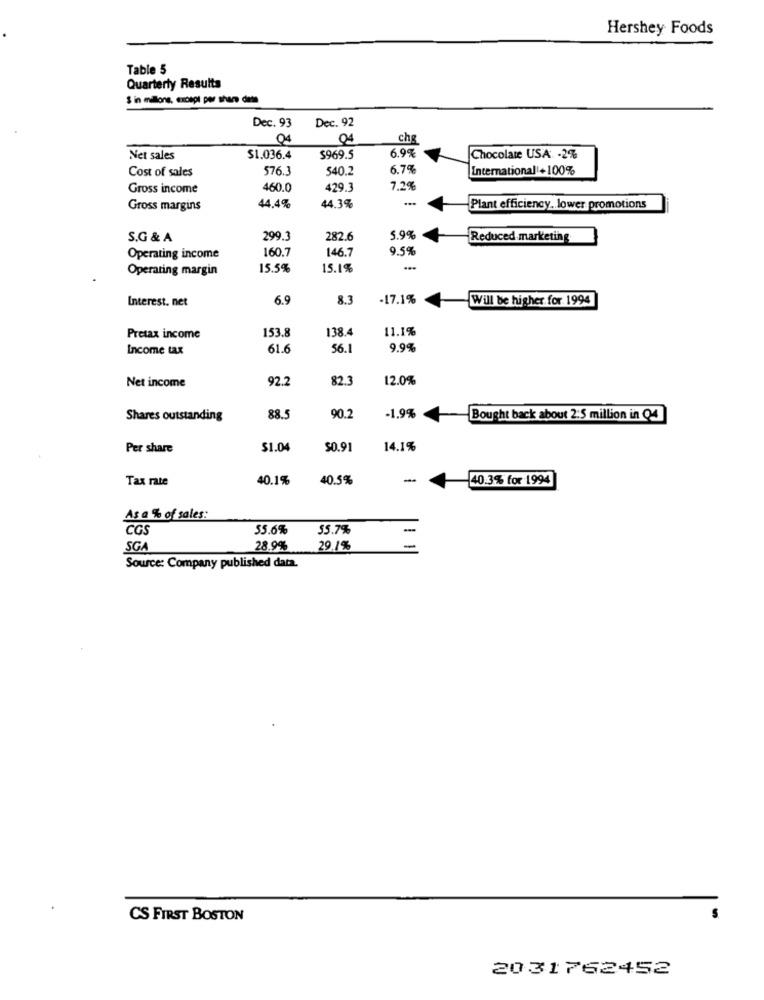
Hershey Foods
Table 5
Quarterly Results
& in milons, except per share diete
Dec. 92
Dec. 93
Q4
04
che
6.9%
Net sales
$1.036.4
$969.5
Chocolate USA -2%
Cost of sales
576.3
540.2
6.7%
International +100%
Gross income
460.0
429.3
7.2%
44.3%
...
Gross margins
44,4%
Plant efficiency .. lower promotions
S.G & A
299.3
282.6
5.9%
Reduced marketing
160.7
146.7
9.5%
Operating income
Operating margin
15.5%
15.1%
Interest. net
6.9
8.3
-17.1%
Will be higher for. 1994
153.8
138.4
11.1%
Pretax income
Income tax
61.6
56.
9.9%
Net income
92.2
82.3
12.0%
Shares outstanding
88.
90.2
-1,9%
Bought back about 2:5 million in Q4
Per share
$1.04
$0.91
14.1%
Tax rate
40.1%
40.5%
-
40.3% for 1994
As a % of sales:
cos
55.6%
55.7%
-
SGA
28.9%
29.1%
Source: Company published data.
CS FIRST BOSTON
2031762452